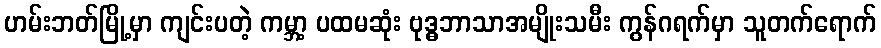
ဟမ်းဘတ်မြို့မှာ ကျင်းပတဲ့ ကမ္ဘာ့ ပထမဆုံး ဗုဒ္ဓဘာသာအမျိုးသမီး ကွန်ဂရက်မှာ သူတက်ရောက်